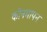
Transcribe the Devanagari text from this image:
कोनमापन